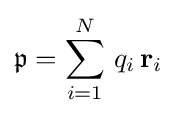
{\mathfrak {p}}=\sum _{i=1}^{N}\,q_{i}\,\mathbf {r} _{i}